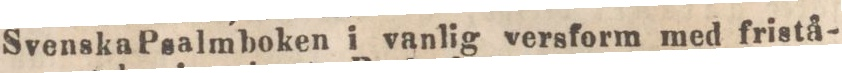
Svenska psalmboken i vanlig versform med fristå-